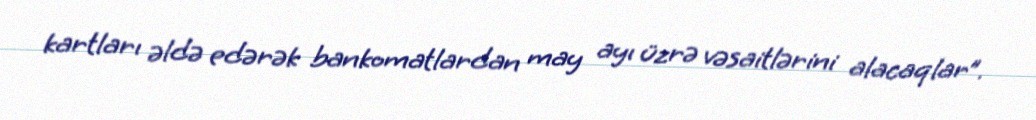
kartları əldə edərək bankomatlardan may ayı üzrə vəsaitlərini alacaqlar”.